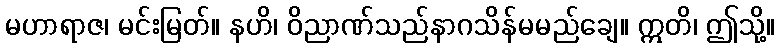
မဟာရာဇ၊ မင်းမြတ်။ နဟိ၊ ဝိညာဏ်သည်နာဂသိန်မမည်ချေ။ ဣတိ၊ ဤသို့။